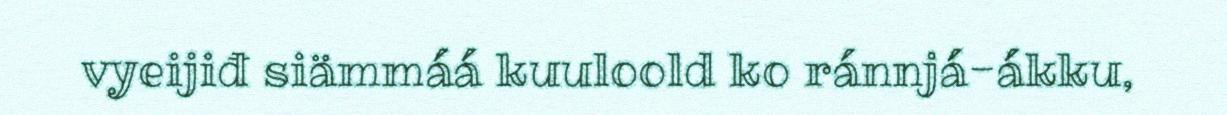
vyeijiđ siämmáá kuuloold ko ránnjá-ákku,